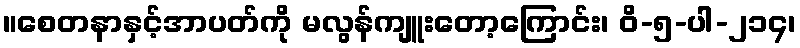
။စေတနာနှင့်အာပတ်ကို မလွန်ကျူးတော့ကြောင်း၊ ဝိ-၅-ပါ-၂၁၄၊